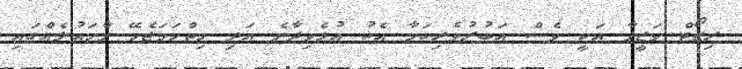
ރިޒޯޓް ވަޒީފާ އަކީ ވެސް އަބުރުވެރިކަމާ އެކު އުޅެވިދާނެ އަދި ހިތްހަަަމަޖެހޭ މާހައުލެއްގައި